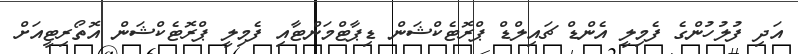
އަދި ފުލުހުންގެ ފެމިލީ އެންޑް ޗައިލްޑް ޕްރޮޓެކްޝަން ޑިޕާޓްމަންޓާއި ފެމިލީ ޕްރޮޓެކްޝަން އޮތޯރިޓީއަށް